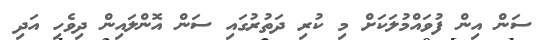
ސަން އިން ފުވައްމުލަކަށް މި ކުރި ދަތުރުގައި ސަން އޮންލައިން ދިވެހި އަދި